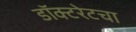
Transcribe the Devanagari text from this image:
डॉक्टरेटचा